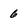
Character: 6